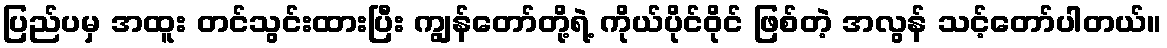
ပြည်ပမှ အထူး တင်သွင်းထားပြီး ကျွန်တော်တို့ရဲ့ ကိုယ်ပိုင်ဝိုင် ဖြစ်တဲ့ အလွန် သင့်တော်ပါတယ်။